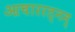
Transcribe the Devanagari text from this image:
आचाररत्नम्